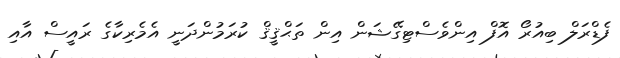
ފެޑްރަލް ބިއުރޯ އޮފް އިންވެސްޓިގޭޝަން އިން ތަޙްޤީޤް ކުރަމުންދަނީ އެމެރިކާގެ ރައީސް އާއި